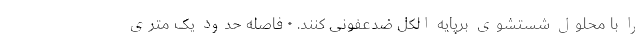
را با محلول شستشوی برپایه الکل ضدعفونی کنند. • فاصله حدود یک متری